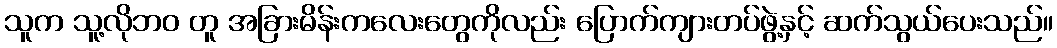
သူက သူ့လိုဘဝ တူ အခြားမိန်းကလေးတွေကိုလည်း ပြောက်ကျားတပ်ဖွဲ့နှင့် ဆက်သွယ်ပေးသည်။